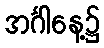
အင်္ဂါနေ့၌